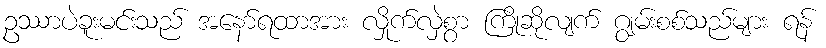
ဥဿာပဲခူးမင်းသည် အနော်ရထာအား လှိုက်လှဲစွာ ကြိုဆိုလျက် ဂျွမ်းစစ်သည်များ ရန်